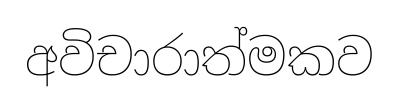
අවිචාරාත්මකව